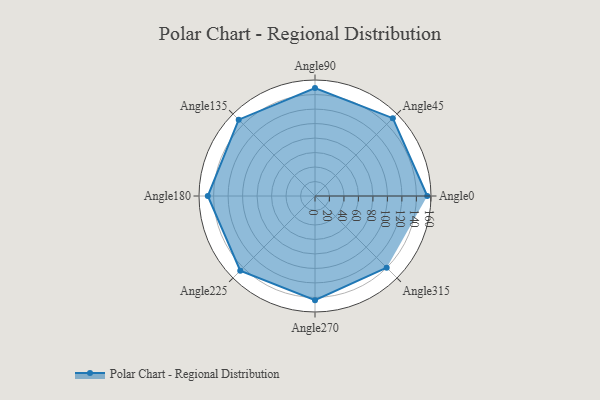
{"axis": {"x": "Angle", "y": "Radius"}, "legend": [""], "data": [{"x": "Angle0", "y": 155.0, "type": ""}, {"x": "Angle45", "y": 152.0, "type": ""}, {"x": "Angle90", "y": 149.0, "type": ""}, {"x": "Angle135", "y": 149.0, "type": ""}, {"x": "Angle180", "y": 148.0, "type": ""}, {"x": "Angle225", "y": 146.0, "type": ""}, {"x": "Angle270", "y": 144.0, "type": ""}, {"x": "Angle315", "y": 140.0, "type": ""}]}